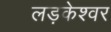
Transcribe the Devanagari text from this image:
लड़केश्वर